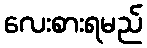
လေးစားရမည်